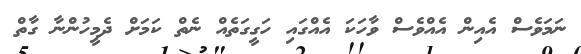
ނަމަވެސް އެއިން އެއްވެސް ވާހަކަ އެއްގައި ހަގީގަތެއް ނެތް ކަމަށް ދެމީހުންނާ ގާތް